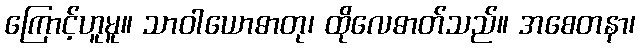
ကြောင့်ဟူမူ။ သာဝါယောဓာတု၊ ထိုလေဓာတ်သည်။ အစေတနာ၊